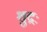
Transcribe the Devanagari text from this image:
शुद्रः